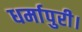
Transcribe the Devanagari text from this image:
धर्मापुरी।